342_HS1-416511228_319.1 Flying Discs 1949
Agency: Department of War
Incident date: 1/9/50
Page 84
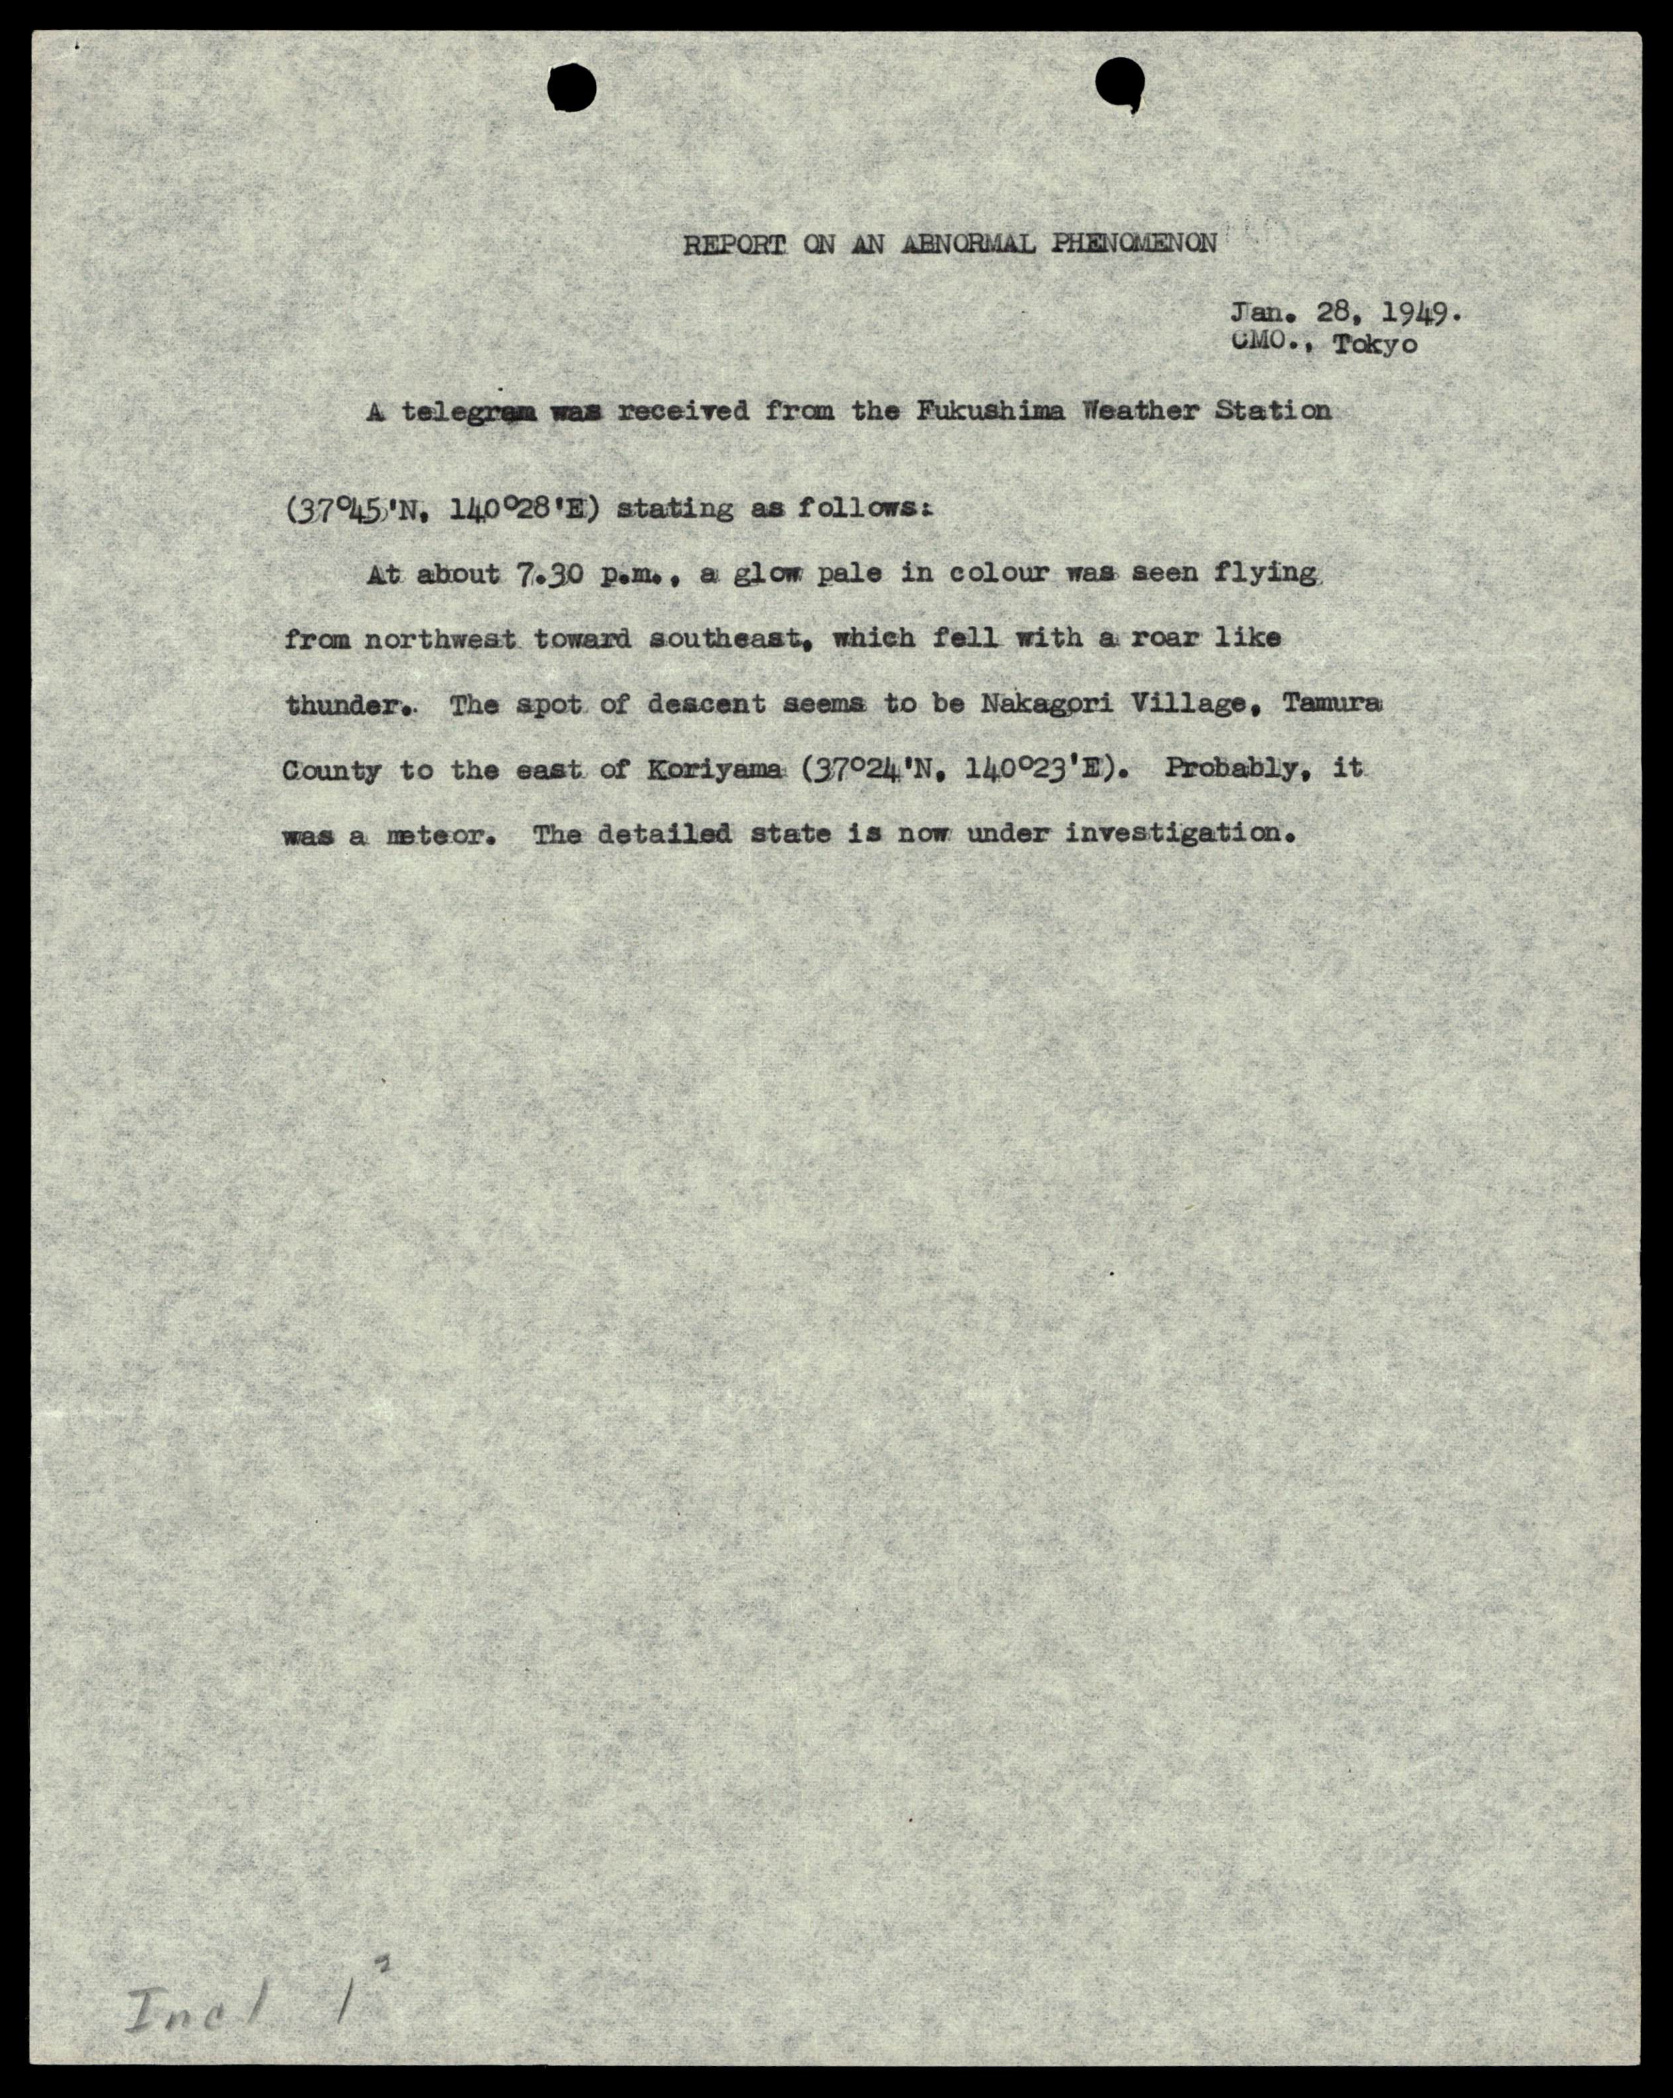